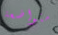
متواضعة